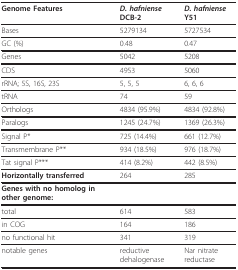
| Genome Features | D. hafniense DCB-2 | D. hafniense Y51 |
 | --- | --- | --- |
 | Bases | 5279134 | 5727534 |
 | GC (%) | 0.48 | 0.47 |
 | Genes | 5042 | 5208 |
 | CDS | 4953 | 5060 |
 | rRNA; 5S, 16S, 23S | 5, 5, 5 | 6, 6, 6 |
 | tRNA | 74 | 59 |
 | Orthologs | 4834 (95.9%) | 4834 (92.8%) |
 | Paralogs | 1245 (24.7%) | 1369 (26.3%) |
 | Signal P* | 725 (14.4%) | 661 (12.7%) |
 | Transmembrane P** | 934 (18.5%) | 976 (18.7%) |
 | Tat signal P*** | 414 (8.2%) | 442 (8.5%) |
 | Horizontally transferred | 264 | 285 |
 | Genes with no homolog in other genome: |  |  |
 | total | 614 | 583 |
 | in COG | 164 | 186 |
 | no functional hit | 341 | 319 |
 | notable genes | reductive dehalogenase | Nar nitrate reductase |